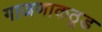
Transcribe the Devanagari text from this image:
गाजणाकठूड